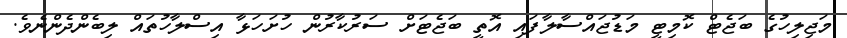
މަޖިލިހުގެ ބަޖެޓް ކޮމިޓީ މަޑުޖައްސާލާފައި އޮތީ ބަޖެޓަށް ސަރުކާރުން ހުށަހަޅާ އިސްލާހުތައް ލިބެންދެންނެވެ.